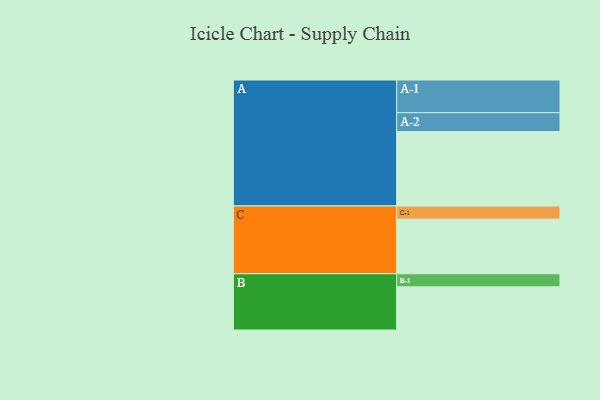
{"axis": {"x": "Segment", "y": "Value"}, "legend": ["", "A", "B", "C"], "data": [{"x": "A", "y": 562, "type": ""}, {"x": "B", "y": 326, "type": ""}, {"x": "C", "y": 412, "type": ""}, {"x": "A-1", "y": 247, "type": "A"}, {"x": "A-2", "y": 143, "type": "A"}, {"x": "B-1", "y": 99, "type": "B"}, {"x": "C-1", "y": 100, "type": "C"}]}